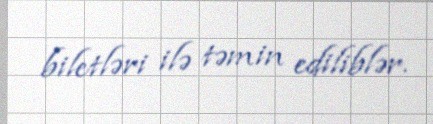
biletləri ilə təmin ediliblər.